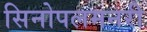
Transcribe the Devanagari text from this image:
सिनोपलमनरी